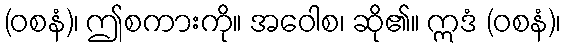
(ဝစနံ)၊ ဤစကားကို။ အဝေါစ၊ ဆို၏။ ဣဒံ (ဝစနံ)၊